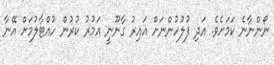
ނޯންނާނެ ކަމަށެވެ. އަދި ފުލުހުންނަށް ޣައިރު ގާނޫނީ އަމުރު ކުރުން ހުއްޓާލުމަށް އޭނާ